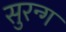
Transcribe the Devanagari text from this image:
सुरन्ग